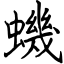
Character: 蟣